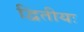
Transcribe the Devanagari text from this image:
द्वितीयः